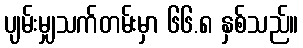
ပျမ်းမျှသက်တမ်းမှာ ၆၆.၈ နှစ်သည်။